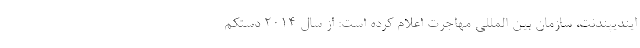
ایندیپندنت، سازمان بین المللی مهاجرت اعلام کرده است: از سال ۲۰۱۴ دستکم